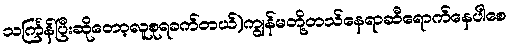
သင်္ကြန်ပြီးဆိုတော့လူစုရခက်တယ်)ကျွန်မတို့တသ်နေရာဆီရောက်နေပါစေ